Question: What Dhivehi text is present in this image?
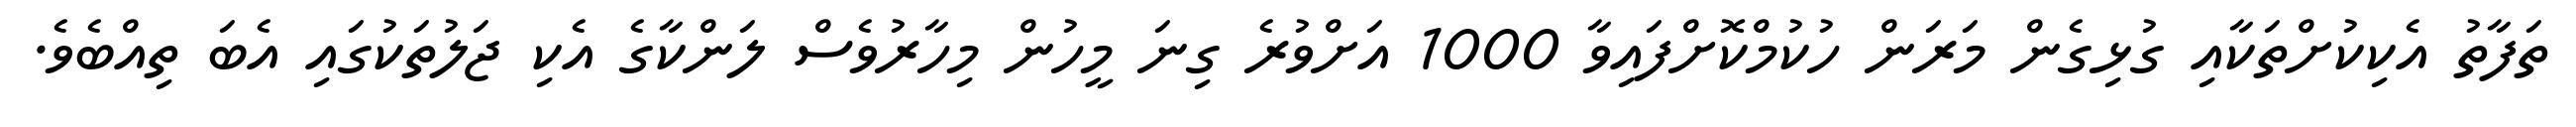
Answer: ތަފާތު އެކިކުށްތަކާއި ގުޅިގެން މަރަން ހުކުމްކޮށްފައިވާ 1000 އަށްވުރެ ގިނަ މީހުން މިހާރުވެސް ލަންކާގެ އެކި ޖަލުތަކުގައި އެބަ ތިއްބެވެ.